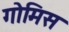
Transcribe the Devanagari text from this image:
गोमिस